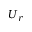
U _ { r }